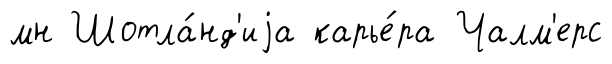
мн Шотла́нд'иjа карье́ра Чалм'ерс